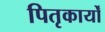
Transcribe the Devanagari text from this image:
पितृकार्यों